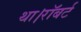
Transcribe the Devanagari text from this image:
था।रॉबर्ट